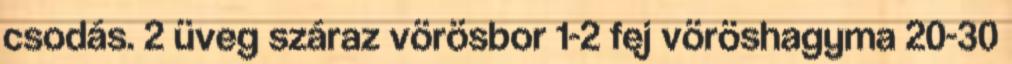
csodás. 2 üveg száraz vörösbor 1-2 fej vöröshagyma 20-30